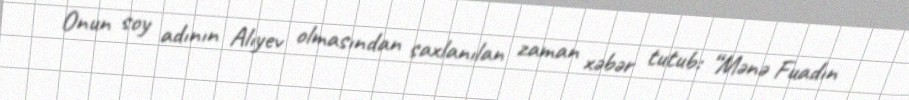
Onun soy adının Alıyev olmasından saxlanılan zaman xəbər tutub: “Mənə Fuadın